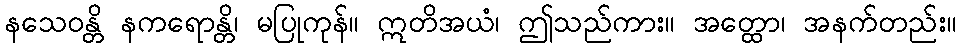
နသေဝန္တိ နကရောန္တိ၊ မပြုကုန်။ ဣတိအယံ၊ ဤသည်ကား။ အတ္ထော၊ အနက်တည်း။